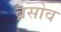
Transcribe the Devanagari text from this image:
ब्रसोव